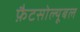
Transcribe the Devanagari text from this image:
फ़ैटसोल्यूबल